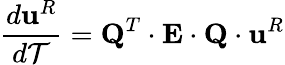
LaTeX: \frac{d\textbf{u}^{R}}{d\mathcal{T}}=\textbf{Q}^{T}\cdot\textbf{E}\cdot\textbf{Q}\cdot\textbf{u}^{R}